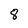
Character: 8